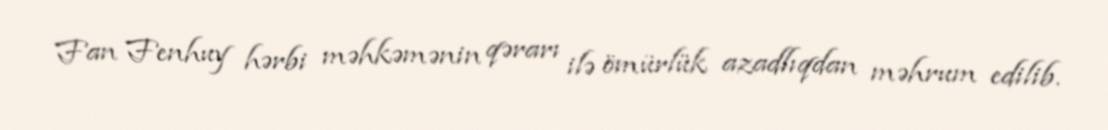
Fan Fenhuy hərbi məhkəmənin qərarı ilə ömürlük azadlıqdan məhrum edilib.